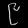
Digit: ၉